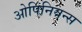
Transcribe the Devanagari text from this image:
ओपिनियन्स